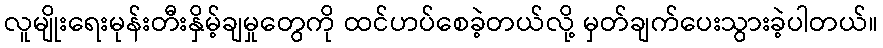
လူမျိုးရေးမုန်းတီးနှိမ့်ချမှုတွေကို ထင်ဟပ်စေခဲ့တယ်လို့ မှတ်ချက်ပေးသွားခဲ့ပါတယ်။